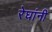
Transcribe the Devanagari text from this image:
रेघांनी